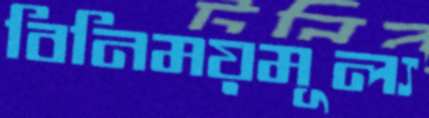
বিনিময়মূল্য